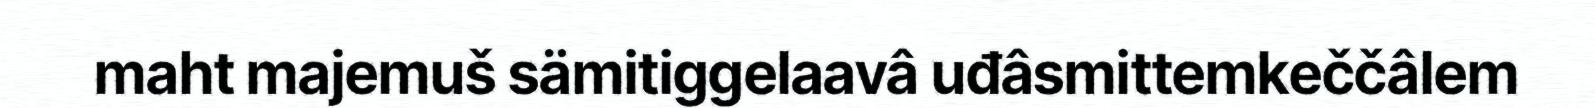
maht majemuš sämitiggelaavâ uđâsmittemkeččâlem